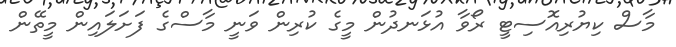
މާސް ކިޔުރިއޮސިޓީ ރޯވާ އުޅަނދުން މީގެ ކުރިން ވަނީ މާސްގެ ފަށަލައިން މީތޭން